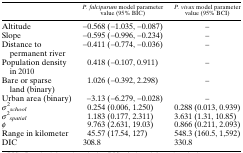
<table><thead><tr><td></td><td><b><i>P. falciparum</i> model parameter value (95% BIC)</b></td><td><b><i>P. vivax</i> model parameter value (95% BCI)</b></td></tr></thead><tbody><tr><td>Altitude</td><td>−0.568 (−1.035, −0.087)</td><td>–</td></tr><tr><td>Slope</td><td>−0.595 (−0.996, −0.234)</td><td>–</td></tr><tr><td>Distance to permanent river</td><td>−0.411 (−0.774, −0.036)</td><td>–</td></tr><tr><td>Population density in 2010</td><td>0.418 (−0.107, 0.911)</td><td>–</td></tr><tr><td>Bare or sparse land (binary)</td><td>1.026 (−0.392, 2.298)</td><td>–</td></tr><tr><td>Urban area (binary)</td><td>−3.13 (−6.279, −0.028)</td><td>–</td></tr><tr><td><i>σ</i><sup>2</sup><i><sub>school</sub></i></td><td>0.254 (0.006, 1.250)</td><td>0.288 (0.013, 0.939)</td></tr><tr><td><i>σ</i><sup>2</sup><i><sub>spatial</sub></i></td><td>1.183 (0.177, 2.311)</td><td>3.631 (1.31, 10.85)</td></tr><tr><td><i>φ</i></td><td>9.763 (2.631, 19.03)</td><td>0.866 (0.211, 2.093)</td></tr><tr><td>Range in kilometer</td><td>45.57 (17.54, 127)</td><td>548.3 (160.5, 1,592)</td></tr><tr><td>DIC</td><td>308.8</td><td>330.8</td></tr></tbody></table>